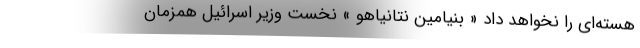
هسته‌ای را نخواهد داد « بنیامین نتانیاهو » نخست وزیر اسرائیل همزمان